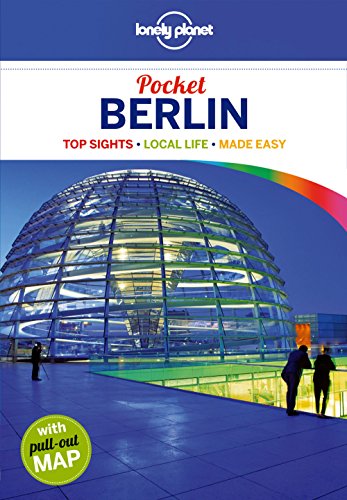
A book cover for Lonely Planet Pocket Berlin (Travel Guide); Lonely Planet; Travel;